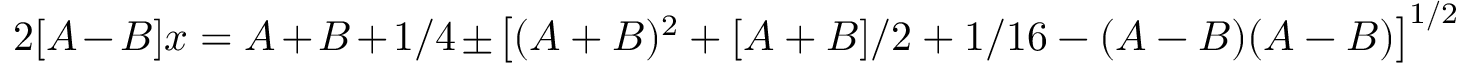
2 [ A - B ] x = A + B + 1 / 4 \pm \left[ ( A + B ) ^ { 2 } + [ A + B ] / 2 + 1 / 1 6 - ( A - B ) ( A - B ) \right] ^ { 1 / 2 }